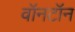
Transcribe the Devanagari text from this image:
वॉनटॉन